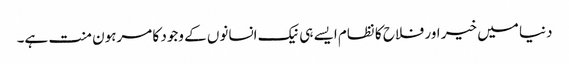
دنیا میں خیر اور فلاح کا نظام ایسے ہی نیک انسانوں کے وجود کا مرہون منت ہے۔